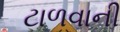
ટાળવાની